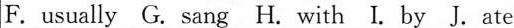
F.usually G. sang H. with I. by J.ate